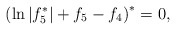
\begin{align*}\left( \ln |f_{5}^{\ast }|+f_{5}-f_{4}\right) ^{\ast }=0,\end{align*}